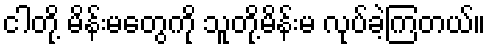
ငါတို့ မိန်းမတွေကို သူတို့မိန်းမ လုပ်ခဲ့ကြတယ်။